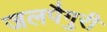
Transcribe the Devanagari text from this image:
जलपैगुरी